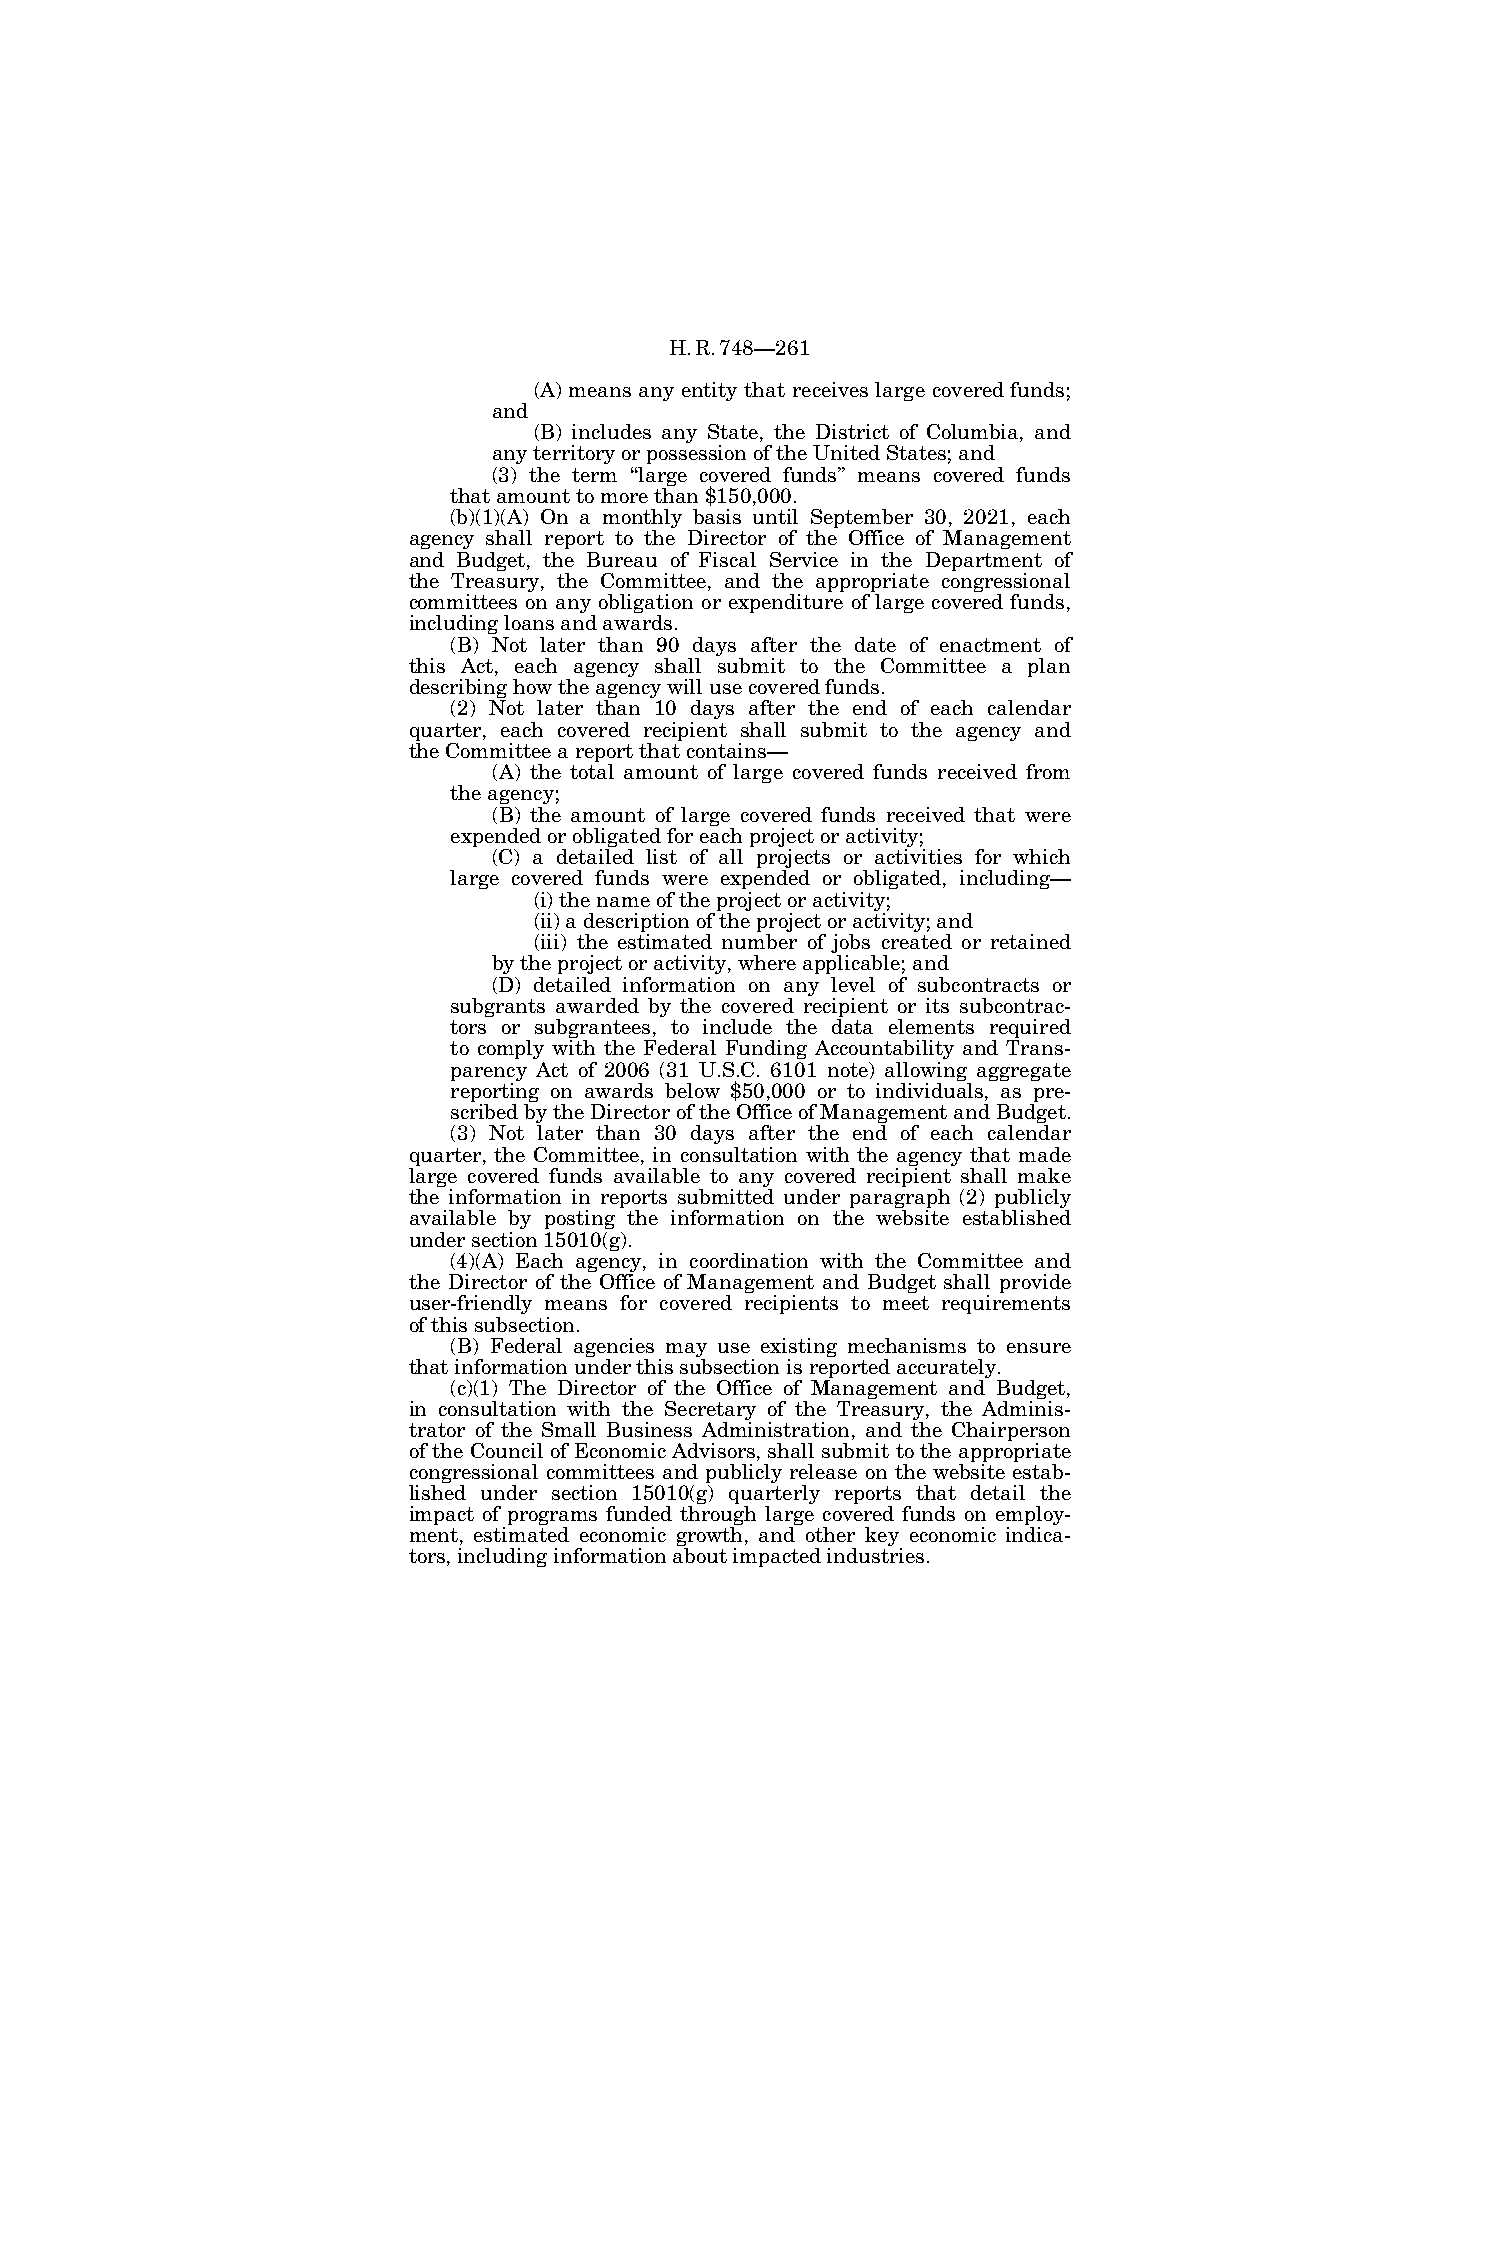
H.R.748—261
 (A) means any entity that receives large covered funds;
 and
 (B) includes any State, the District of Columbia, and
 any territory or possession of the United States; and
 (3) the term ‘‘large covered funds’’ means covered funds
 that amount to more than $150,000.
 (b)(1)(A) On a monthly basis until September 30, 2021, each
 agency shall report to the Director of the Office of Management
 and Budget, the Bureau of Fiscal Service in the Department of
 the Treasury, the Committee, and the appropriate congressional
 committees on any obligation or expenditure of large covered funds,
 including loans and awards.
 (B) Not later than 90 days after the date of enactment of
 this Act, each agency shall submit to the Committee a plan
 describing how the agency will use covered funds.
 (2) Not later than 10 days after the end of each calendar
 quarter, each covered recipient shall submit to the agency and
 the Committee a report that contains—
 (A) the total amount of large covered funds received from
 the agency;
 (B) the amount of large covered funds received that were
 expended or obligated for each project or activity;
 (C) a detailed list of all projects or activities for which
 large covered funds were expended or obligated, including—
 (i) the name of the project or activity;
 (ii) a description of the project or activity; and
 (iii) the estimated number of jobs created or retained
 by the project or activity, where applicable; and
 (D) detailed information on any level of subcontracts or
 subgrants awarded by the covered recipient or its subcontrac-
 tors or subgrantees, to include the data elements required
 to comply with the Federal Funding Accountability and Trans-
 parency Act of 2006 (31 U.S.C. 6101 note) allowing aggregate
 reporting on awards below $50,000 or to individuals, as pre-
 scribed by the Director of the Office of Management and Budget.
 (3) Not later than 30 days after the end of each calendar
 quarter, the Committee, in consultation with the agency that made
 large covered funds available to any covered recipient shall make
 the information in reports submitted under paragraph (2) publicly
 available by posting the information on the website established
 under section 15010(g).
 (4)(A) Each agency, in coordination with the Committee and
 the Director of the Office of Management and Budget shall provide
 user-friendly means for covered recipients to meet requirements
 of this subsection.
 (B) Federal agencies may use existing mechanisms to ensure
 that information under this subsection is reported accurately.
 (c)(1) The Director of the Office of Management and Budget,
 in consultation with the Secretary of the Treasury, the Adminis-
 trator of the Small Business Administration, and the Chairperson
 of the Council of Economic Advisors, shall submit to the appropriate
 congressional committees and publicly release on the website estab-
 lished under section 15010(g) quarterly reports that detail the
 impact of programs funded through large covered funds on employ-
 ment, estimated economic growth, and other key economic indica-
 tors, including information about impacted industries.